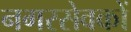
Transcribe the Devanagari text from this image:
नगरसेवकों